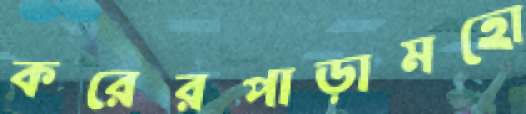
করেরপাড়ামহো